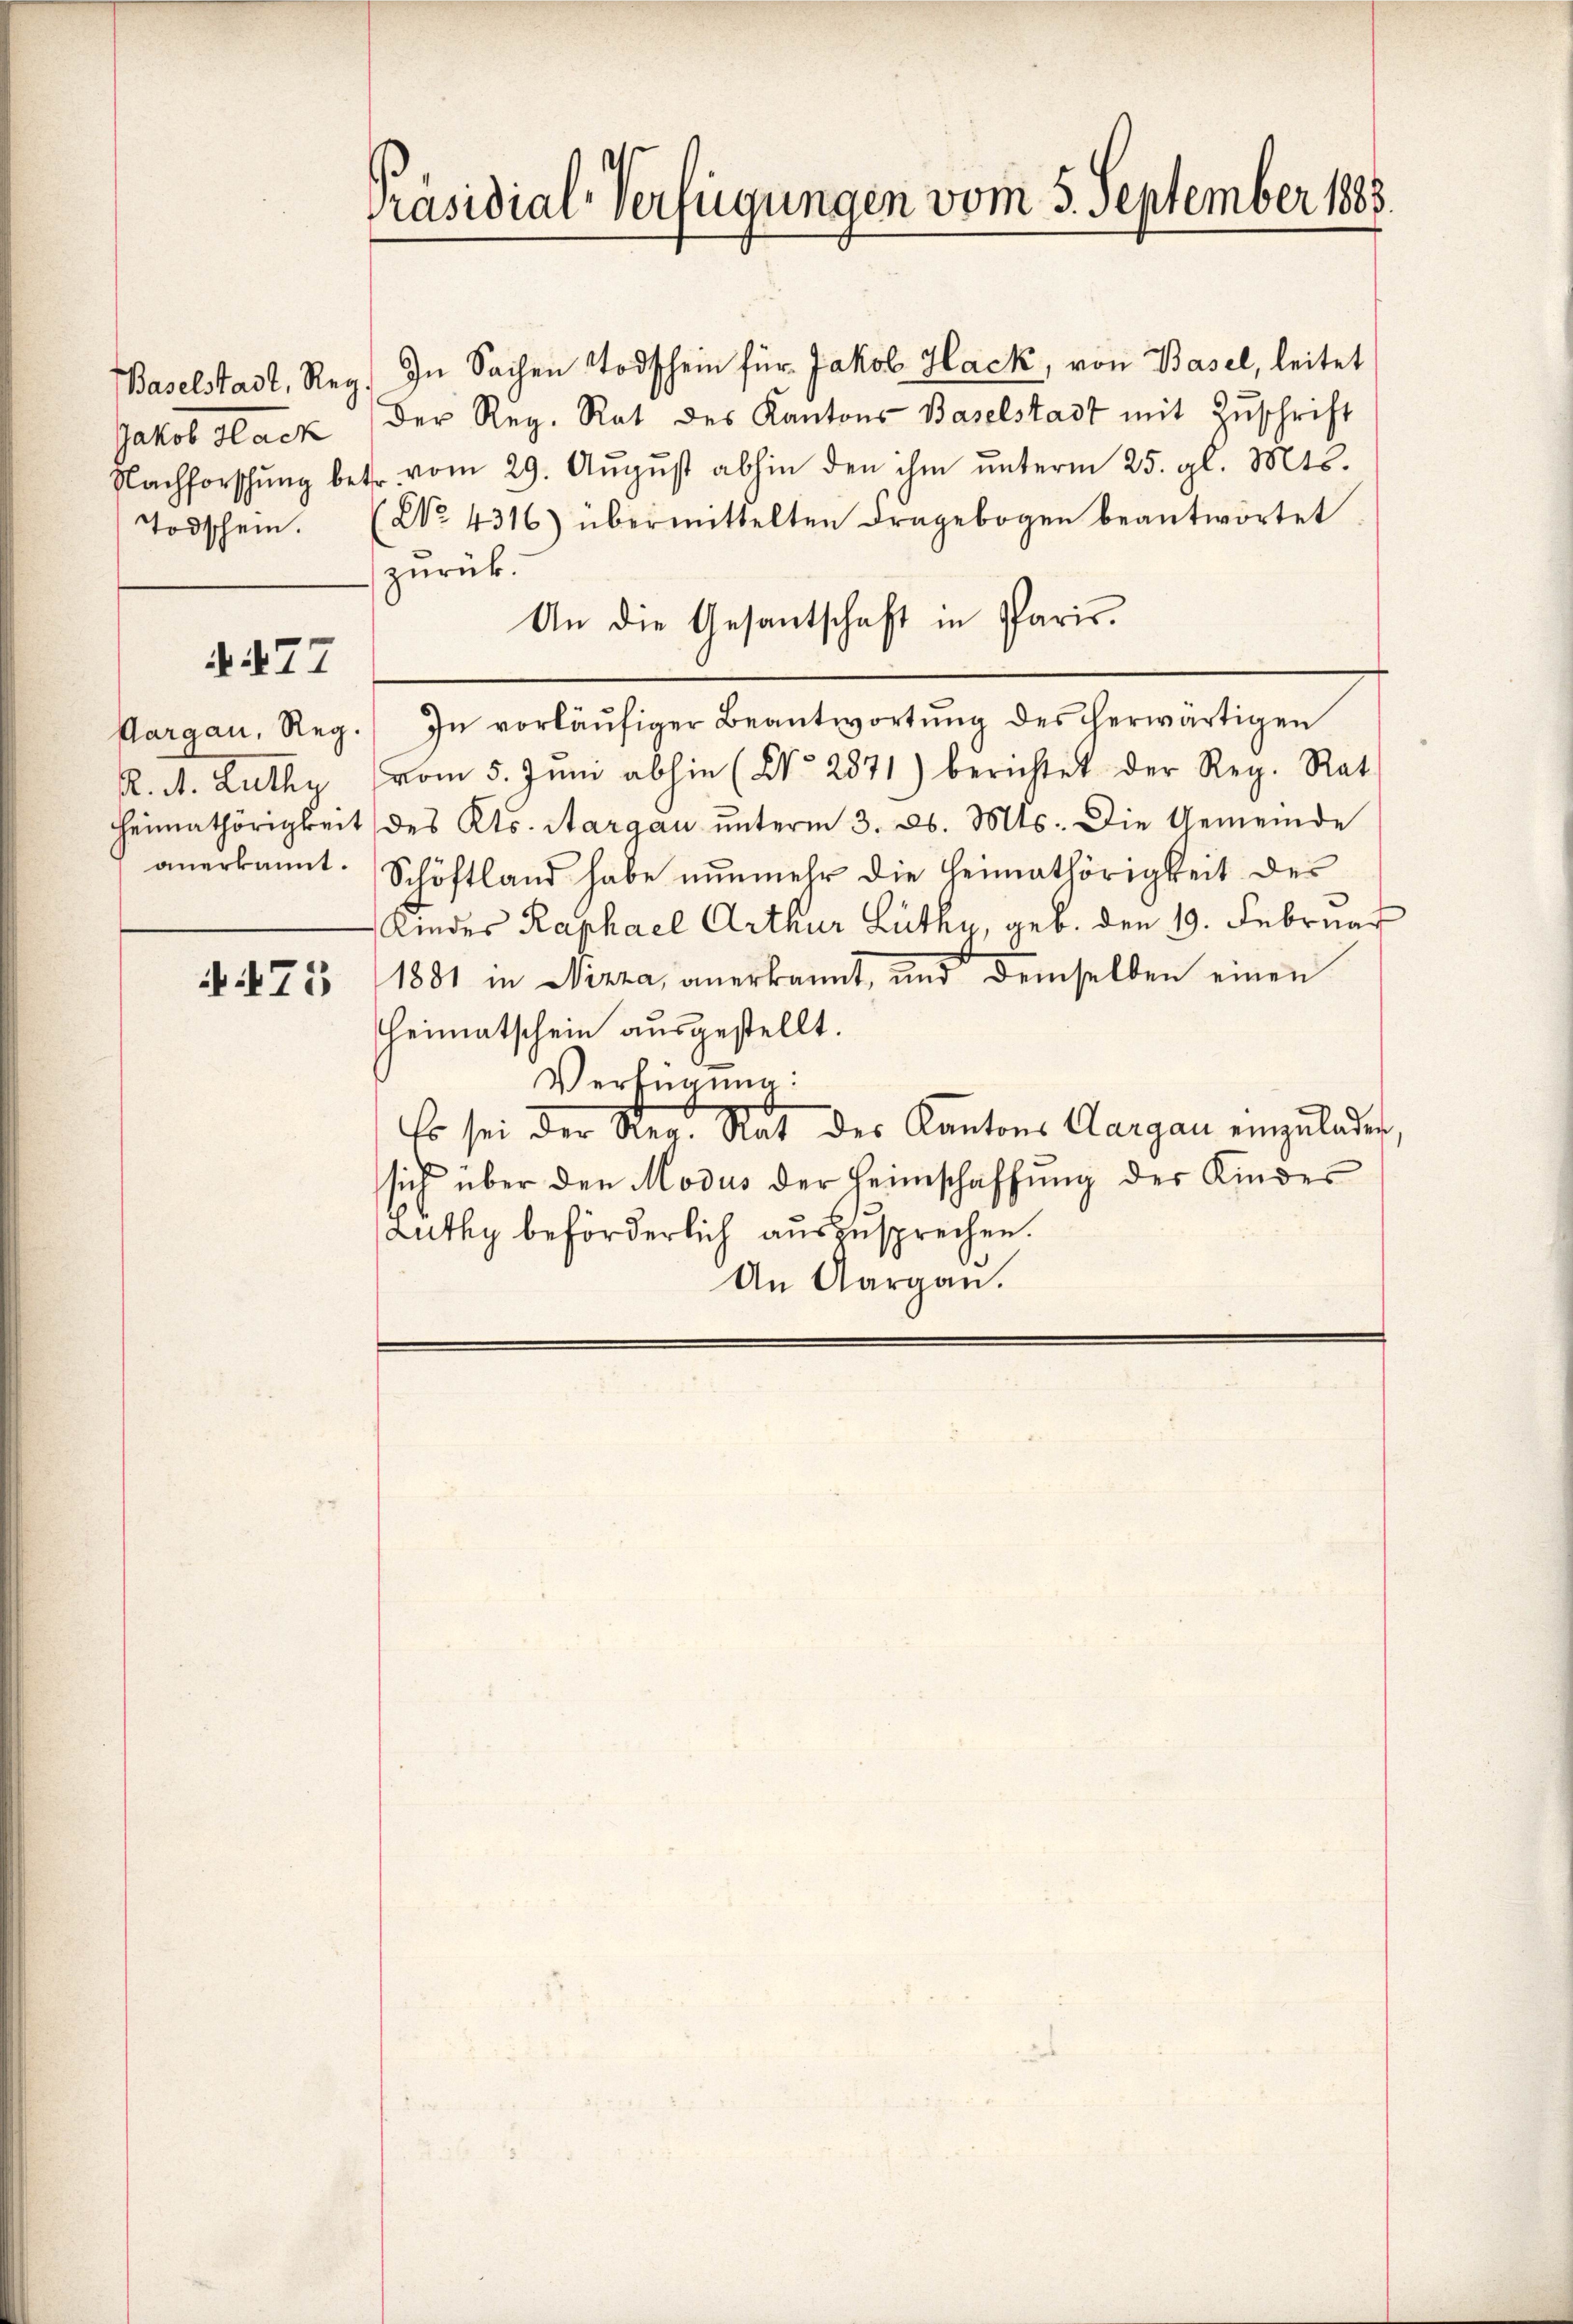
atirt Hack
Todschein.

N.77

R. A. Zuthy

475

Präsidial-Verfügungen vom 5. September 1883.

Baselstadt, Reg. In Sachen Todschein für Jakob Hack, von Basel, leitet
Der Reg. Rat des Kantons Baselstadt mit Zŭschrift
Nachforschŭng betr. vom 29. Aŭgŭst abhin den ihm ŭnterm 25. gl. Mts.
(No. 4316) übermittelten Fragebogen beantwortet
zurück.
An die Gesantschaft in Paris.
Aargau, Reg. In vorläŭfiger Beantwortŭng des herwärtigen
vom 5. Jŭni abhin (No 2871) berichtet der Reg. Rat.
Heimathörigkeit des Kts. Aargau unterm 3. d. Mts. Die Gemeinde
anerkannt. Schöftland habe nunmehr die Heimathörigkeit des
Kindes Raphael Arthur Lüthy, geb. den 19. Februar
1881 in Nizza, anerkannt, und demselben einen
Heimatschein ausgestellt.
Verfügung:
Es sei der Reg. Rat des Kantons Aargau einzulader
sich über den Modus der Heimschaffung des Kinder
Luthy beförderlich auszusprechen.
An Aargaŭ.